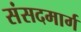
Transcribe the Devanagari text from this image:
संसदमार्ग